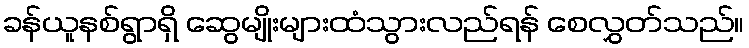
ခန်ယူနစ်ရွာရှိ ဆွေမျိုးများထံသွားလည်ရန် စေလွှတ်သည်။